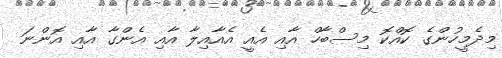
މިދެމީހުންގެ ކޮއްކޮ މިސްބާހް އާއި އެއީ އެއާއިލާ އާއި އެންގާ އާއި އޮންނަ